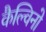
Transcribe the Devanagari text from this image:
कैल्विनो